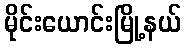
မိုင်းယောင်းမြို့နယ်